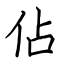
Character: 佔